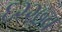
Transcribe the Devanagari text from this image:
६२२७ब